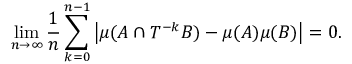
\operatorname* { l i m } _ { n \to \infty } { \frac { 1 } { n } } \sum _ { k = 0 } ^ { n - 1 } \left| \mu ( A \cap T ^ { - k } B ) - \mu ( A ) \mu ( B ) \right| = 0 .